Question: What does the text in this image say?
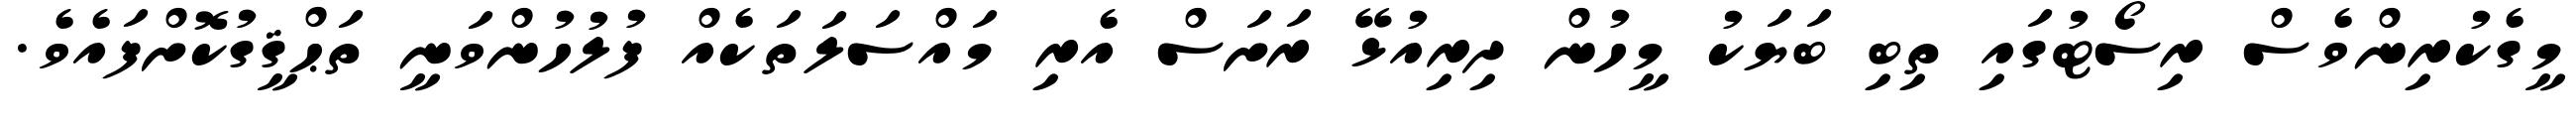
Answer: މީގެކުރިންވެސް ރިސޯޓުގައި ތިބި ބަޔަކު މީހުން ދިރިއުޅޭ ރަށަސް އެރި މައްސަލަތަކެއް ފުލުހުންވަނީ ތަޙްޤީގުކޮށްފައެވެ.